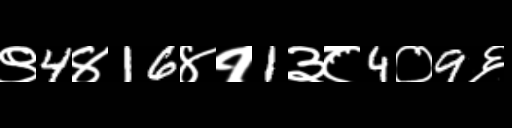
Text: ९4४16४१1३८4०9६